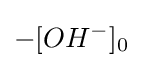
-[OH^{-}]_{0^{}}